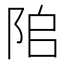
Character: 𨹅